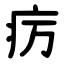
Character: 疠